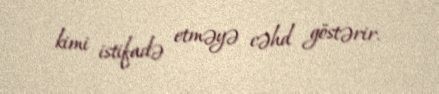
kimi istifadə etməyə cəhd göstərir.